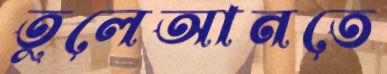
তুলেআনতে